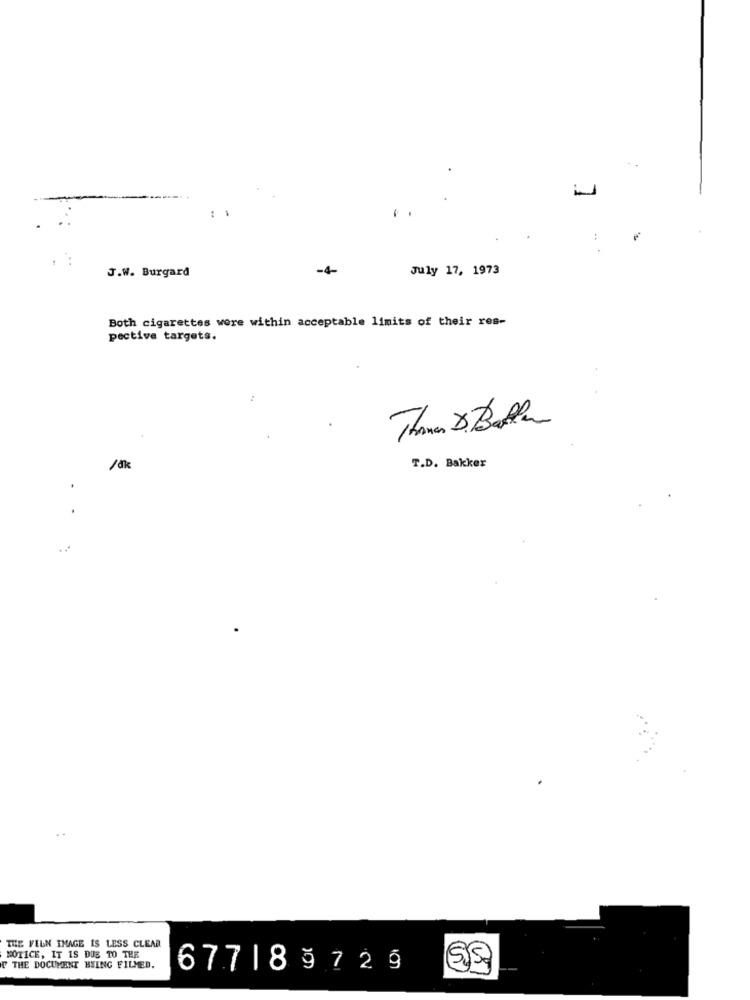
.
J.W. Burgard
-4-
July 17, 1973
Both cigarettes were within acceptable limits of their res-
pective targets.
Thomas & Ballen
/dk
T.D. Bakker
.
THE FELN IMAGE IS LESS CLEAR
NOTICE, IT IS DUE TO THE
F THE DOCUMENT BEING FILMED.
67718 9729
SS